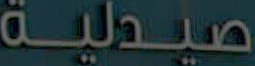
صيدلية